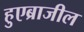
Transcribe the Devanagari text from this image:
हुएब्राजील